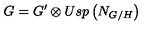
G = G ^ { \prime } \otimes U s p \left( N _ { G / H } \right)